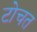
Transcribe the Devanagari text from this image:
टोचत